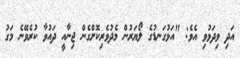
އަދި ވިދަޅުވި އެވެ: "އަޅުގަނޑުގެ ލޯޔަރުން މެދުވެރިކޮށްގެން ޖިނާއީ ދައުވާ ކުރެވޭނެ މަގު